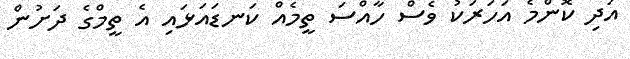
އަދި ކޮންމެ އަހަރަކު ވެސް ހާއްސަ ތީމެއް ކަނޑައަޅައި އެ ތީމްގެ ދަށުން